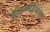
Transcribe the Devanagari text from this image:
श्रीकृष्णद्वैपायन